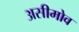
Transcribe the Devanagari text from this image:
असीमोव